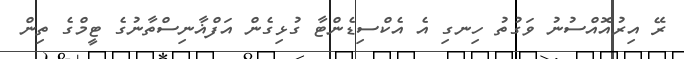
ރޭ އިރުއޮއްސުނު ވަގުތު ހިނގި އެ އެކްސިޑެންޓާ ގުޅިގެން އަފްޣާނިސްތާނުގެ ޓީމްގެ ތިން